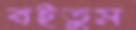
বইতুম